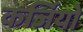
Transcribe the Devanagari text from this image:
कर्जियो